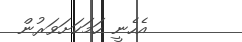
އެހެނީ ހަމަކަށަވަރުން